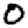
Digit: 0